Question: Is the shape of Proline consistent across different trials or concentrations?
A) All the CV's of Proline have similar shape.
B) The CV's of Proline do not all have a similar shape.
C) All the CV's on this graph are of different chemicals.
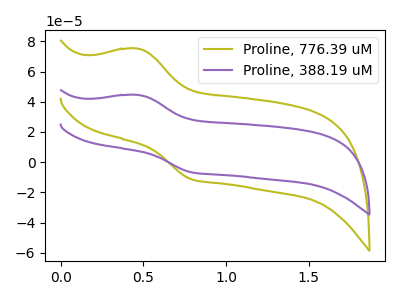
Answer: <think>The olive curve "Proline, 776.39 uM" has an anodic peak at (0.45V, 75.15uA) and a cathodic peak at (0.80V, -11.05uA). The purple curve "Proline, 388.19 uM" has an anodic peak at (0.45V, 44.50uA) and a cathodic peak at (0.80V, -6.55uA).
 All the peaks in "Proline, 776.39 uM" have a peak in "Proline, 388.19 uM" at the same potential. Every peak in "Proline, 776.39 uM" is higher than every peak in "Proline, 388.19 uM".</think>
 <answer>A) All the CV's of "Proline" have similar shape.</answer>
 <eval>A</eval>